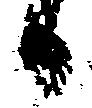
日